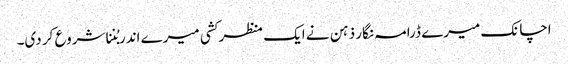
اچانک میرے ڈرامہ نگار ذہن نے ایک منظر کشی میرے اندر بُننا شروع کر دی۔